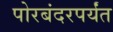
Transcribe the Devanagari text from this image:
पोरबंदरपर्यंत